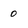
Character: 0